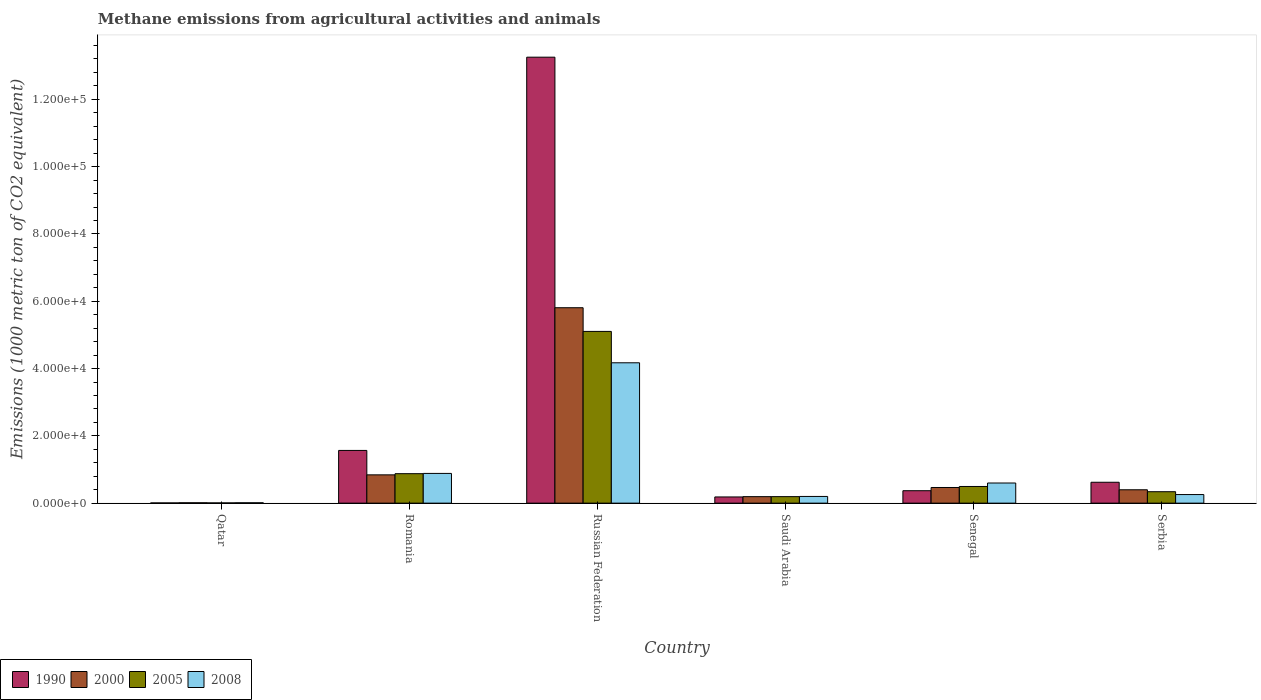
| Country | 1990 | 2000 | 2005 | 2008 |
 | --- | --- | --- | --- | --- |
 | Qatar | 63.8 | 112 | 67.4 | 110 |
 | Romania | 1.57e+04 | 8.41e+03 | 8.76e+03 | 8.83e+03 |
 | Russian Federation | 1.33e+05 | 5.81e+04 | 5.1e+04 | 4.17e+04 |
 | Saudi Arabia | 1.84e+03 | 1.93e+03 | 1.93e+03 | 1.99e+03 |
 | Senegal | 3.7e+03 | 4.65e+03 | 4.96e+03 | 5.98e+03 |
 | Serbia | 6.21e+03 | 3.98e+03 | 3.4e+03 | 2.55e+03 |